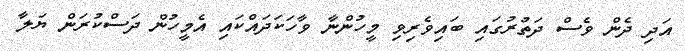
އަދި ދެން ވެސް ދަތުރުގައި ބައިވެރިވި މީހުންނާ ވާހަކަދައްކައި އެމީހުން ދަސްކުރަން ޔަލާ